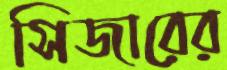
সিজারের